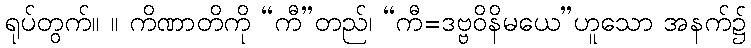
ရုပ်တွက်။ ။ ကိဏာတိကို “ကီ”တည်၊ “ကီ=ဒဗ္ဗဝိနိမယေ”ဟူသော အနက်၌